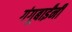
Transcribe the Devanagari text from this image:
गंगूबाईंनी